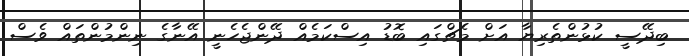
ބިދޭސީ ކުޅުންތެރިޔާ އަށް މެޗްގައި ބޮޑު އިސްކަމެއް ދޭންޖެހެނީ އޭނާގެ ނިންމުންތައް ވެސް